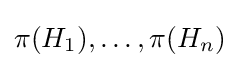
\pi (H_{1}),\ldots ,\pi (H_{n})